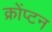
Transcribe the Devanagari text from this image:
क्रोंप्टन